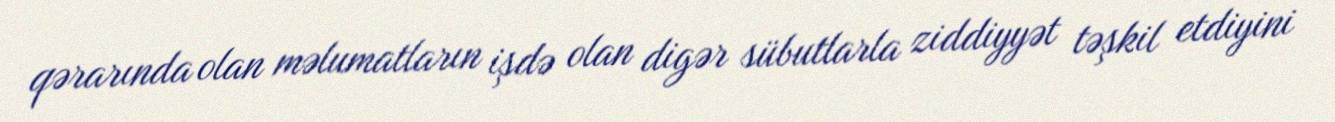
qərarında olan məlumatların işdə olan digər sübutlarla ziddiyyət təşkil etdiyini